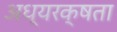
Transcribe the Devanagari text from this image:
अध्यरक्षता